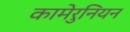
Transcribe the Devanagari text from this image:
कामेरुनियन